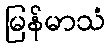
မြန်မာသံ